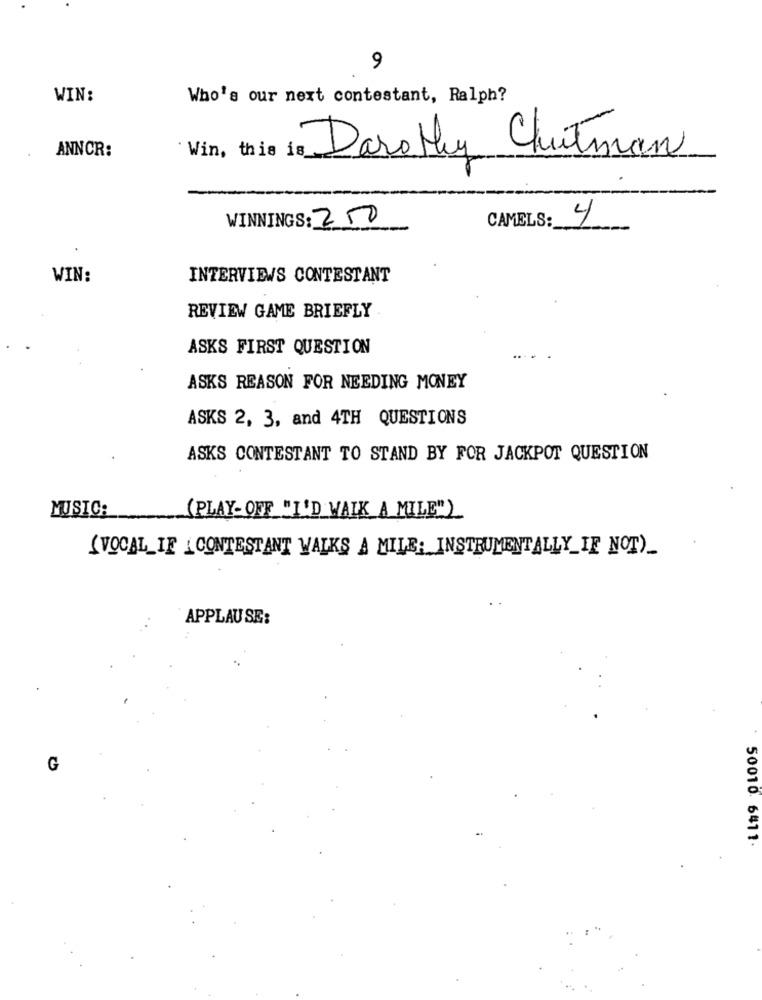
9
WIN:
Who's our next contestant, Ralph?
Win, this is
Dorothy Chutman
ANNCR:
WINNINGS: 250
CAMELS:
4
WIN:
INTERVIEWS CONTESTANT
REVIEW GAME BRIEFLY
ASKS FIRST QUESTION
ASKS REASON FOR NEEDING MONEY
ASKS 2, 3, and 4TH QUESTIONS
ASKS CONTESTANT TO STAND BY FOR JACKPOT QUESTION
MUSIC:
(PLAY- OFF "I'D WAIK A MILE")
SVOCALLIE CONTESTANT WALKS A MILE: INSTRUMENTALLY_IF NOT)_
APPLAUSE:
G
50010. 6411.